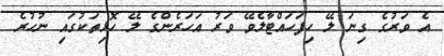
އެ ވަރުގެ ގިނަ ލޭ ހިފަހައްޓާލެވޭ ވަރު އަހަރެންގެ ލޭ ހޮޅިތަކުގައި ނުހުރެ